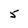
Character: 5